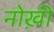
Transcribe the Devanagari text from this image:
नोख़ी